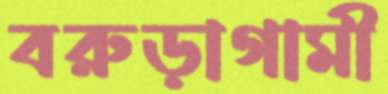
বরুড়াগামী